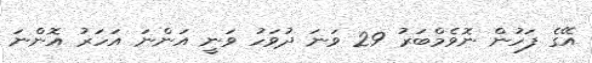
އޭގެ ފަހުން ނޮވެމްބަރު 29 ވަނަ ދުވަހު ވަނީ އަންނަ އަހަރު އޮންނަ